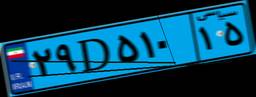
۳۲D۲۲۹۵۷